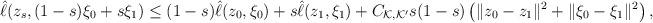
LaTeX: \begin{align*}\hat{\ell}(z_s,(1-s)\xi_0 + s\xi_1) \leq (1-s) \hat{\ell}(z_0,\xi_0) + s \hat{\ell}(z_1,\xi_1) + C_{\mathcal K,\mathcal K'}s(1-s)\left( \|z_0 - z_1\|^2 + \|\xi_0 - \xi_1\|^2 \right),\end{align*}